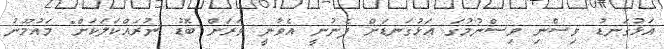
އަޅުގަނޑު ވިސްނި ވިސްނުމުގަ އަޅުގަނޑަށް ފެނުނީ އެވާނީ ވަރަށް ބޮޑު ނުރައްކަލަކަށް" މައުމޫނު